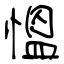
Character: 慍